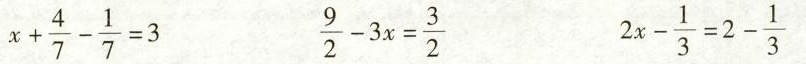
$$x+ \frac{4}{7}- \frac{1}{7}=3$$ $$\frac{9}{2}-3x= \frac{3}{2}$$ $$2x- \frac{1}{3}=2- \frac{1}{3}$$